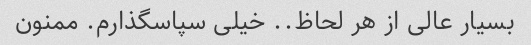
بسیار عالی از هر لحاظ.. خیلی سپاسگذارم. ممنون